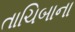
તાચિબાના